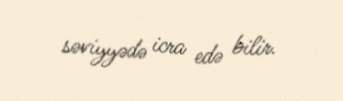
səviyyədə icra edə bilir.